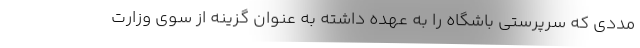
مددی که سرپرستی باشگاه را به عهده داشته به عنوان گزینه از سوی وزارت